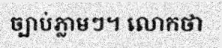
ច្បាប់ភ្លាមៗ។ លោកថា